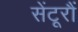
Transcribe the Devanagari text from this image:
सेंटूरौं